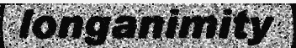
longanimity